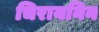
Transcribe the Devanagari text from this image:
चिरायनिन